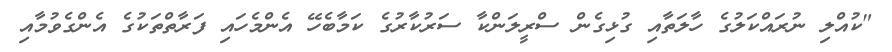
"ކުއްލި ނުރައްކަލުގެ ހާލަތާއި ގުޅިގެން ސްރީލަންކާ ސަރުކާރުގެ ކަމާބެހޭ އެންމެހައި ފަރާތްތަކުގެ އެންގެވުމާއި